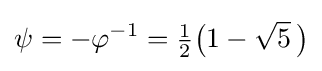
\psi =-\varphi ^{-1}={\tfrac {1}{2}}{\bigl (}1-{\sqrt {5}}~\!{\bigr )}